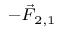
\scriptstyle - { \vec { F } } _ { 2 , 1 }